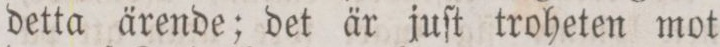
detta ärende; det är juſt troheten mot